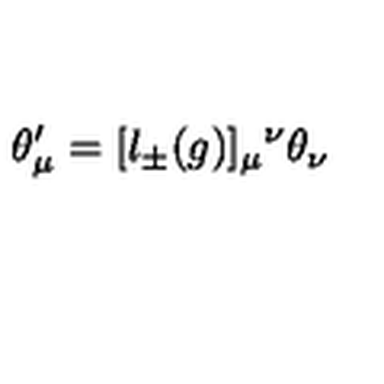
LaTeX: \theta _ { \mu } ^ { \prime } = [ l _ { \pm } ( g ) ] _ { \mu } { } ^ { \nu } \theta _ { \nu }